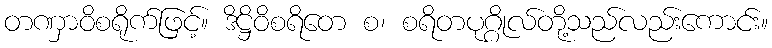
တဏှာဝိစရိုက်ဖြင့်။ ဒိဋ္ဌိဝိစရိတေ စ၊ စရိတပုဂ္ဂိုလ်တို့သည်လည်းကောင်း။